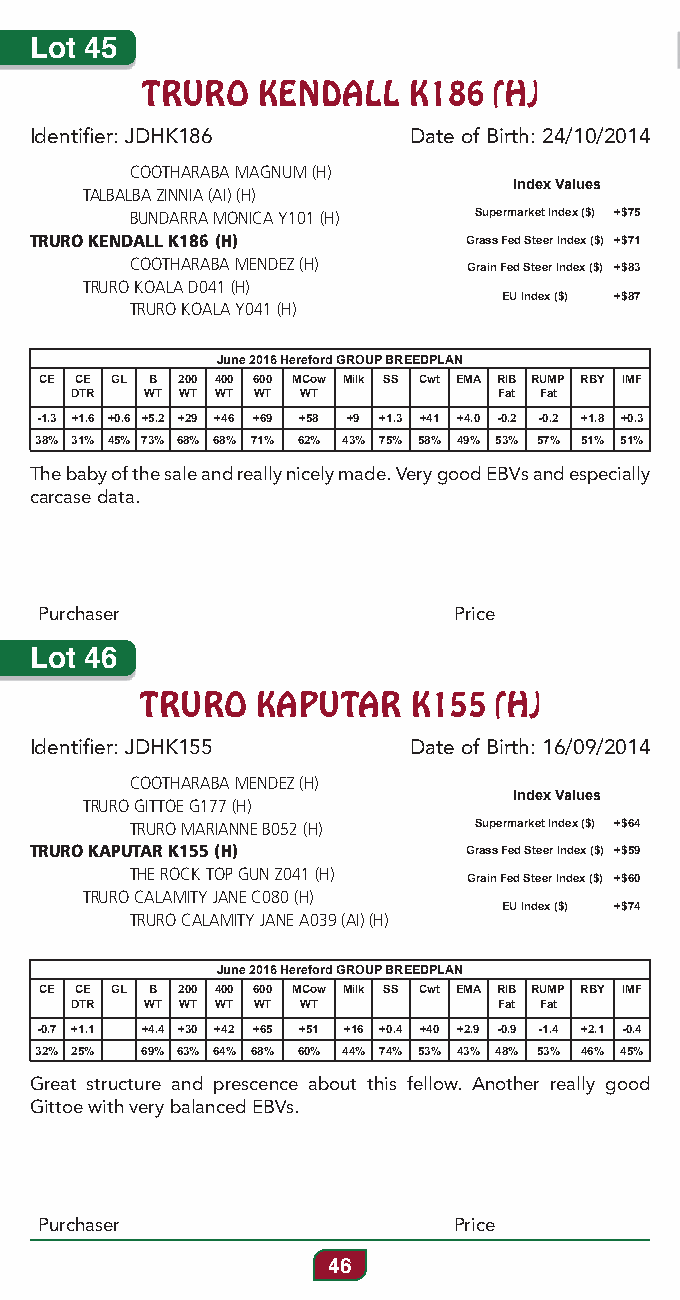
Lot 45
 TRURO   KENDALL   K186  (H)
 Identifier: JDHK186      Date of Birth: 24/10/2014
 COOTHARABA MAGNUM (H)
 Index Values
 TALBALBA ZINNIA (AI) (H)
 BUNDARRA MONICA Y101 (H) Supermarket Index ($) +$75
 TRURO KENDALL K186 (H)       Grass Fed Steer Index ($) +$71
 COOTHARABA MENDEZ (H) Grain Fed Steer Index ($) +$83
 TRURO KOALA D041 (H)
 EU Index ($) +$87
 TRURO KOALA Y041 (H)
 June 2016 Hereford GROUP BREEDPLAN
 CE CE GL B 200 400 600 MCow Milk SS Cwt EMA RIB RUMP RBY IMF
 DTR  WT WT WT WT WT         Fat Fat
 -1.3 +1.6 +0.6 +5.2 +29 +46 +69 +58 +9 +1.3 +41 +4.0 -0.2 -0.2 +1.8 +0.3
 38% 31% 45% 73% 68% 68% 71% 62% 43% 75% 58% 49% 53% 57% 51% 51%
 The baby of the sale and really nicely made. Very good EBVs and especially
 carcase data.
 Purchaser                  Price
 Lot 46
 TRURO   KAPUTAR   K155  (H)
 Identifier: JDHK155      Date of Birth: 16/09/2014
 COOTHARABA MENDEZ (H)
 Index Values
 TRURO GITTOE G177 (H)
 TRURO MARIANNE B052 (H) Supermarket Index ($) +$64
 TRURO KAPUTAR K155 (H)       Grass Fed Steer Index ($) +$59
 THE ROCK TOP GUN Z041 (H) Grain Fed Steer Index ($) +$60
 TRURO CALAMITY JANE C080 (H)
 EU Index ($) +$74
 TRURO CALAMITY JANE A039 (AI) (H)
 June 2016 Hereford GROUP BREEDPLAN
 CE CE GL B 200 400 600 MCow Milk SS Cwt EMA RIB RUMP RBY IMF
 DTR  WT WT WT WT WT         Fat Fat
 -0.7 +1.1 +4.4 +30 +42 +65 +51 +16 +0.4 +40 +2.9 -0.9 -1.4 +2.1 -0.4
 32% 25% 69% 63% 64% 68% 60% 44% 74% 53% 43% 48% 53% 46% 45%
 Great structure and prescence about this fellow. Another really good
 Gittoe with very balanced EBVs.
 Purchaser                  Price
 46